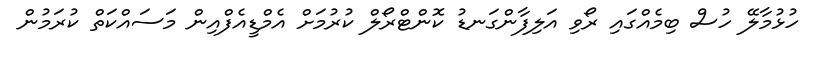
ހުޅުމާލޭ ހުސް ބިމެއްގައި ރޯވި އަލިފާންގަނޑު ކޮންޓްރޯލް ކުރުމަށް އެމްޑީއެފްއިން މަސައްކަތް ކުރަމުން